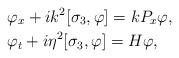
LaTeX: \begin{align*}&\varphi_x+ik^2[\sigma_3,\varphi]=kP_x\varphi,\\&\varphi_t+i\eta^2[\sigma_3,\varphi]= H\varphi,\end{align*}